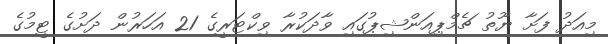
މިއަދު ފަށާ ޔޫތު ޗެމްޕިއަންޝިޕުގައި ވާދަކުރާ ވިކްޓަރީގެ 21 އަހަރުން ދަށުގެ ޓީމުގެ